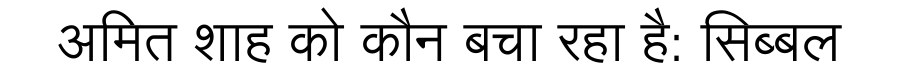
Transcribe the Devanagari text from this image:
अमित शाह को कौन बचा रहा है: सिब्बल